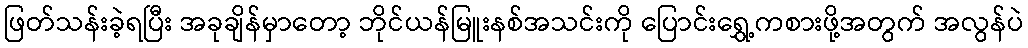
ဖြတ်သန်းခဲ့ရပြီး အခုချိန်မှာတော့ ဘိုင်ယန်မြူးနစ်အသင်းကို ပြောင်းရွှေ့ကစားဖို့အတွက် အလွန်ပဲ